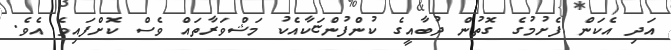
އަދި އެކަން ފެށުމުގެ ގޮތުން ދުބާއީގެ ކުންފުންޏަކާއެކު މަޝްވަރާތައް ވެސް ކޮށްފައިވެ އެވެ.